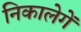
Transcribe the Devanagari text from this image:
निकालेगें